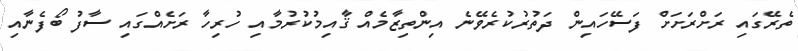
ތެރޭގައި ރަށްރަށަށް ފަސޭހައިން ދަތުރުކުރެވޭނެ އިންތިޒާމެއް ޤާއިމުކުރުމާއި ހުރިހާ ރަށެއްގައި ސާފު ބޯފެނާއި